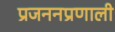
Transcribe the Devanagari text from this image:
प्रजननप्रणाली